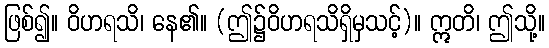
ဖြစ်၍။ ဝိဟရသိ၊ နေ၏။ (ဤ၌ဝိဟရသိရှိမှသင့်)။ ဣတိ၊ ဤသို့။